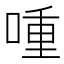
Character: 喠